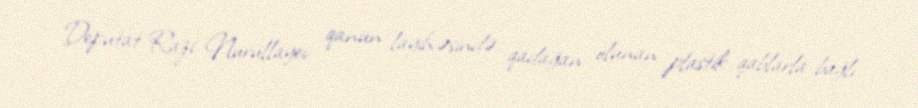
Deputat Razi Nurullayev qanun layihəsində qadağan olunan plastik qablarla bağlı